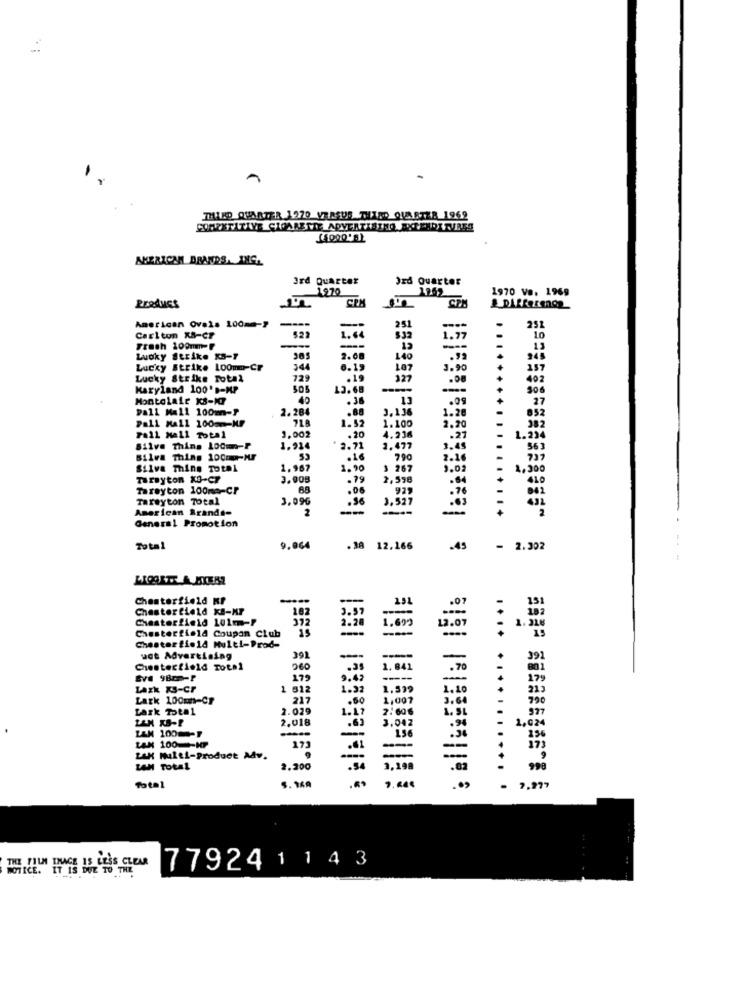
THIRD QUARTER 1970 VERSUS THETED QUARTZ8 1969
COMPETITIVE CHARETTE ADVERTISING RXTEHDITURES
AMERICAN BRANDS. ING.
3rd
3rd Quarter
3rd Quarter
1970
1262
1970 ve. 1969
----
251
American Ovals 100mm-}
$32
251
Carlton KS-CF
1.64
1.77
10
Fresh 100mm-
---
13
Lucky Strike KS-Y
305
2.08
140
245
Lucky Strike 100mm-CP
344
6.19
107
3.90
157
Lucky Strike Total
729
327
402
Maryland 100's-MP
505
13.68
506
MontolaLe xs-KI
40
.36
.09
27
pall Mall 100m-P
2.284
.88
3.1.36
1.28
852
Pall Mall 100-KF
718
1.52
1.100
.20
4.236
2.20
382
Pall Mall Total
1.002
.27
1.234
Silva Thins 10Cm-P
1.914
2.71
3.477
3.45
563
Silva Thing 1000-MF
2.16
Silva mine Total
1,967
1.90
$ 267
9.02
4,300
TarByton KO-CZ
3.008
.79
2.990
410
Tareyton 100mm-CP
88
.06
925
Tareyton Total
3,096
American Brands=
2
--
.+
General Promotion
- .
Total
9.064
.38
12.166
.45
- 2.302
Chesterfield KP
151
.0
Chesterfield XB-KP
182
191
Chesterfield 101m-P
3.5
2.28
1.692
12.07
Chesterfin14 Coupan Club
15
....
----
Chesterfield Multi-Prod-
uct Advertising
391
-
-
-
391
Chesterfield Total
260
1. 841
SV4 980-P
179
9.42
179
Lazk XS-Cr
612
1.32
1,599
1.20
219
Lark 100mt-CF
217
.50
1,007
3.60
790
tark Total
2.029
2: 00€
977
2.018
1.17
.63
3.042
1,624
"ise
256
TAN 100 -- MP
.01
17
LAK Multi-Product Adv.
----
--
LAN TOLAL
2.200
3,198
999
......
7,277
FORSE 779241143